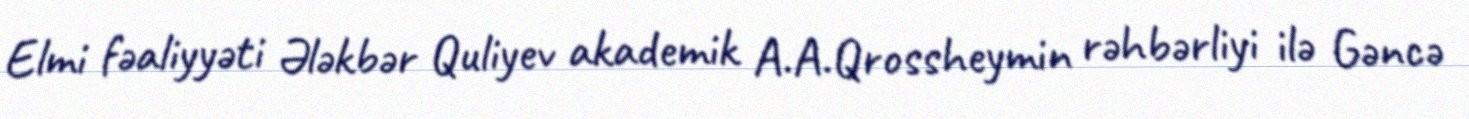
Elmi fəaliyyəti Ələkbər Quliyev akademik A.A.Qrossheymin rəhbərliyi ilə Gəncə